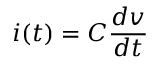
i ( t ) = C \frac { d v } { d t }